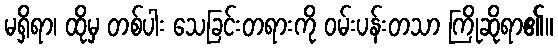
မရှိရာ၊ ထိုမှ တစ်ပါး သေခြင်းတရားကို ဝမ်းပန်းတသာ ကြိုဆိုရာ၏။